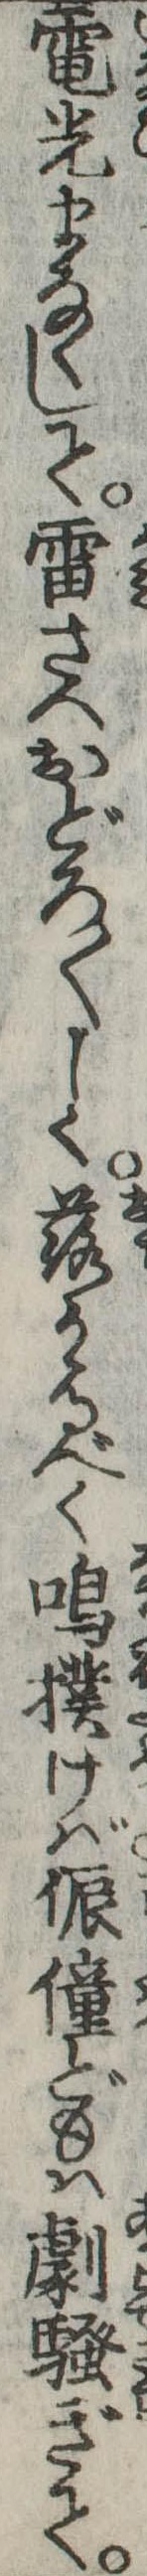
電光まなくして雷さへおどろ〱しく落かゝるべく鳴撲けば侲僮どもは劇ぎて